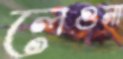
লেগুনা